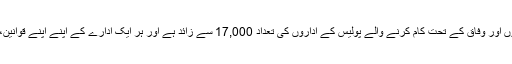
امریکہ کے شہروں، کاؤنٹیوں، ریاستوں اور وفاق کے تحت کام کرنے والے پولیس کے اداروں کی تعداد 17,000 سے زائد ہے اور ہر ایک ادارے کے اپنے اپنے قوانین، اختیارات، فنڈنگ اور ذمہ داریاں ہیں۔